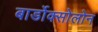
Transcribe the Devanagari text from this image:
बार्डोक्सोलोन